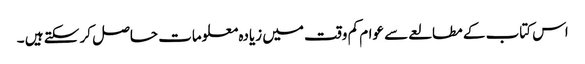
اس کتاب کے مطالعے سے عوام کم وقت میں زیادہ معلومات حاصل کر سکتے ہیں ۔